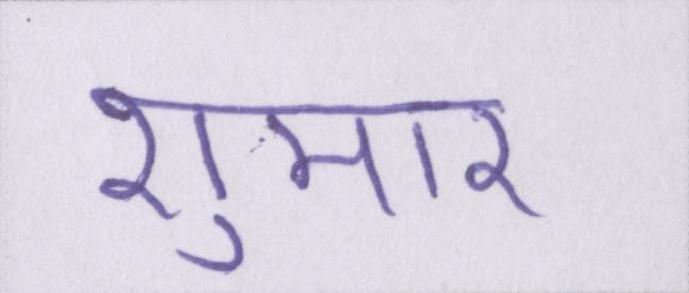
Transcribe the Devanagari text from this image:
शुमार